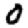
Digit: 0